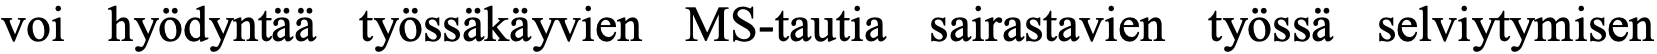
voi hyödyntää työssäkäyvien MS-tautia sairastavien työssä selviytymisen